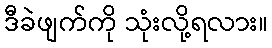
ဒီခဲဖျက်ကို သုံးလို့ရလား။